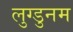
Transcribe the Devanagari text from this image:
लुग्डुनम